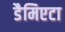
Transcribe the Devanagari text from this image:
डैमिएटा